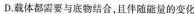
D.载体都需要与底物结合，且伻随能量的变化